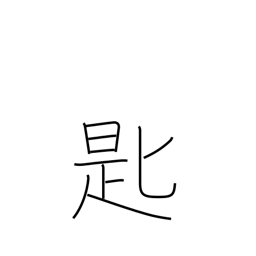
Meaning: spoon